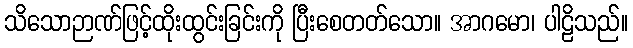
သိသောဉာဏ်ဖြင့်ထိုးထွင်းခြင်းကို ပြီးစေတတ်သော။ အာဂမော၊ ပါဠိသည်။